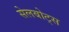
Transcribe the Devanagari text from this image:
सेलबोट्स